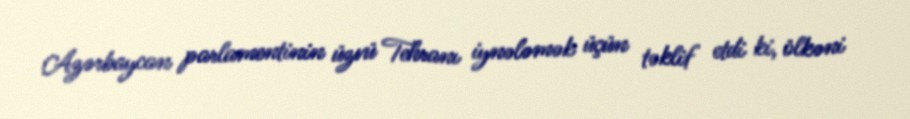
Azərbaycan parlamentinin üzvü Tehranı iynələmək üçün təklif etdi ki, ölkəni